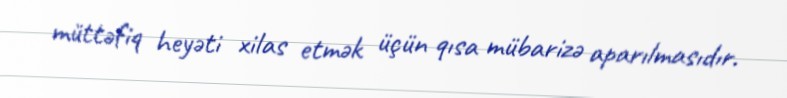
müttəfiq heyəti xilas etmək üçün qısa mübarizə aparılmasıdır.